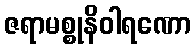
ဇရာမစ္စုနိဝါရဏော